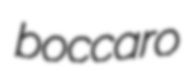
boccaro